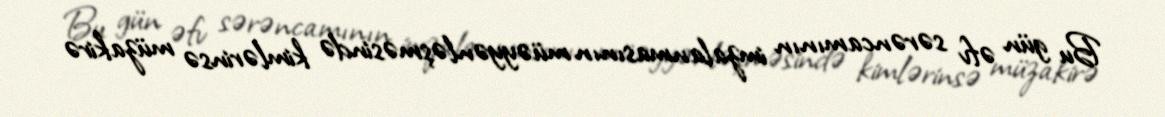
Bu gün əfv sərəncamının imzalanmasının müəyyənləşməsində kimlərinsə müzakirə